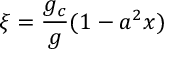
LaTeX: \xi = \frac { g _ { c } } { g } ( 1 - a ^ { 2 } x )